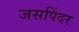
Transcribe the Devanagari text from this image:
जसपिंदर